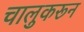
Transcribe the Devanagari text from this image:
चालुकरून